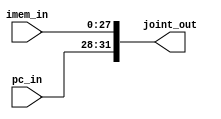
module joint_pc_im(
input [27:0] imem_in,
input [3:0] pc_in,
output [31:0] joint_out
    );
    
    assign joint_out={pc_in,imem_in};

endmodule